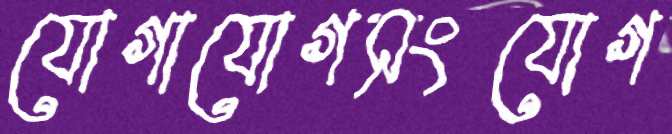
যোগাযোগসংযোগ